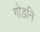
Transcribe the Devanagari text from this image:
गोडनि